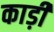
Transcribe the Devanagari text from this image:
काड़ी